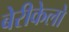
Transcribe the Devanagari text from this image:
बेरीकेलो